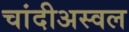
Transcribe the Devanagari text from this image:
चांदीअस्वल